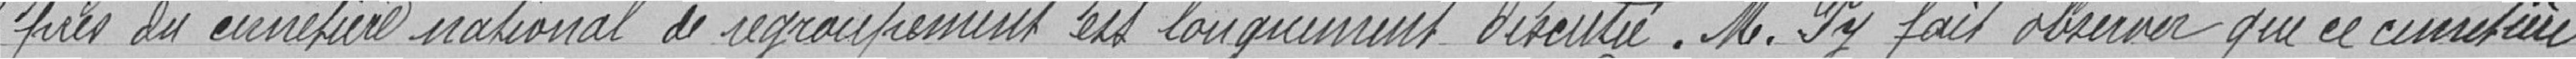
près du cimetière national de regroupement est longuement discutée. M. Py fait observer que ce cimetière